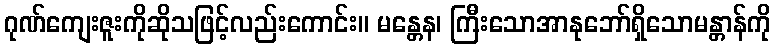
ဂုဏ်ကျေးဇူးကိုဆိုသဖြင့်လည်းကောင်း။ မန္တေန၊ ကြီးသောအာနုဘော်ရှိသောမန္တာန်ကို